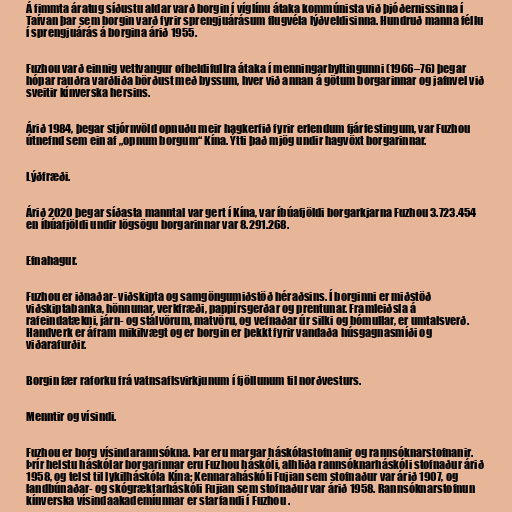
Á fimmta áratug síðustu aldar varð borgin í víglínu átaka kommúnista við þjóðernissinna í
Taívan þar sem borgin varð fyrir sprengjuárásum flugvéla lýðveldisinna. Hundruð manna féllu
í sprengjuárás á borgina árið 1955.

Fuzhou varð einnig vettvangur ofbeldifullra átaka í menningarbyltingunni (1966–76) þegar
hópar rauðra varðliða börðust með byssum, hver við annan á götum borgarinnar og jafnvel við
sveitir kínverska hersins.

Árið 1984, þegar stjórnvöld opnuðu meir hagkerfið fyrir erlendum fjárfestingum, var Fuzhou
útnefnd sem ein af „opnum borgum“ Kína. Ýtti það mjög undir hagvöxt borgarinnar.

Lýðfræði.

Árið 2020 þegar síðasta manntal var gert í Kína, var íbúafjöldi borgarkjarna Fuzhou 3.723.454
en íbúafjöldi undir lögsögu borgarinnar var 8.291.268.

Efnahagur.

Fuzhou er iðnaðar- viðskipta og samgöngumiðstöð héraðsins. Í borginni er miðstöð
viðskiptabanka, hönnunar, verkfræði, pappírsgerðar og prentunar. Framleiðsla á
rafeindatækni, járn- og stálvörum, matvöru, og vefnaðar úr silki og bómullar, er umtalsverð.
Handverk er áfram mikilvægt og er borgin er þekkt fyrir vandaða húsgagnasmíði og
viðarafurðir.

Borgin fær raforku frá vatnsaflsvirkjunum í fjöllunum til norðvesturs.

Menntir og vísindi.

Fuzhou er borg vísindarannsókna. Þar eru margar háskólastofnanir og rannsóknarstofnanir.
Þrír helstu háskólar borgarinnar eru Fuzhou háskóli, alhliða rannsóknarháskóli stofnaður árið
1958, og telst til lykilháskóla Kína; Kennaraháskóli Fujian sem stofnaður var árið 1907, og
landbúnaðar- og skógræktarháskóli Fujian sem stofnaður var árið 1958. Rannsóknarstofnun
kínverska vísindaakademíunnar er starfandi í Fuzhou .